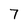
Character: 7